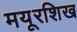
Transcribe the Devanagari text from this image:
मयूरशिख